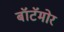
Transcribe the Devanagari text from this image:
बॉटॅमोर